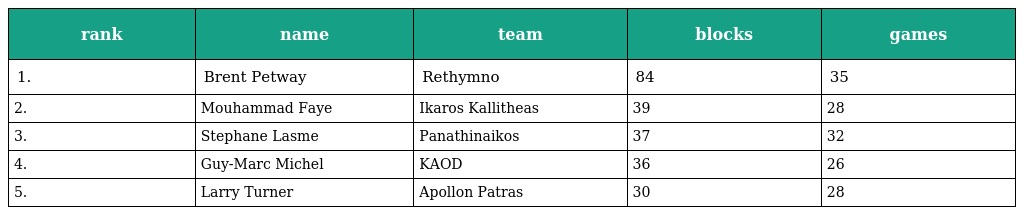
| rank | name | team | blocks | games |
 | --- | --- | --- | --- | --- |
 | 1. | Brent Petway | Rethymno | 84 | 35 |
 | 2. | Mouhammad Faye | Ikaros Kallitheas | 39 | 28 |
 | 3. | Stephane Lasme | Panathinaikos | 37 | 32 |
 | 4. | Guy-Marc Michel | KAOD | 36 | 26 |
 | 5. | Larry Turner | Apollon Patras | 30 | 28 |